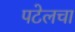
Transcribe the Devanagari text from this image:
पटेलचा